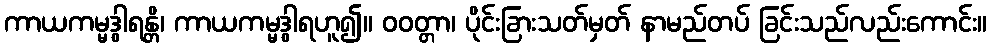
ကာယကမ္မဒွါရန္တိ၊ ကာယကမ္မဒွါရဟူ၍။ ဝဝတ္တာ၊ ပိုင်းခြားသတ်မှတ် နာမည်တပ် ခြင်းသည်လည်းကောင်း။